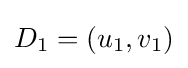
D_{1}=(u_{1},v_{1})